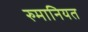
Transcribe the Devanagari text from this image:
रुमानियत